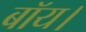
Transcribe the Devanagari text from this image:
बॉय।